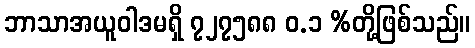
ဘာသာအယူဝါဒမရှိ ၇၂၇၅၈၈ ဝ.၁ %တို့ဖြစ်သည်။